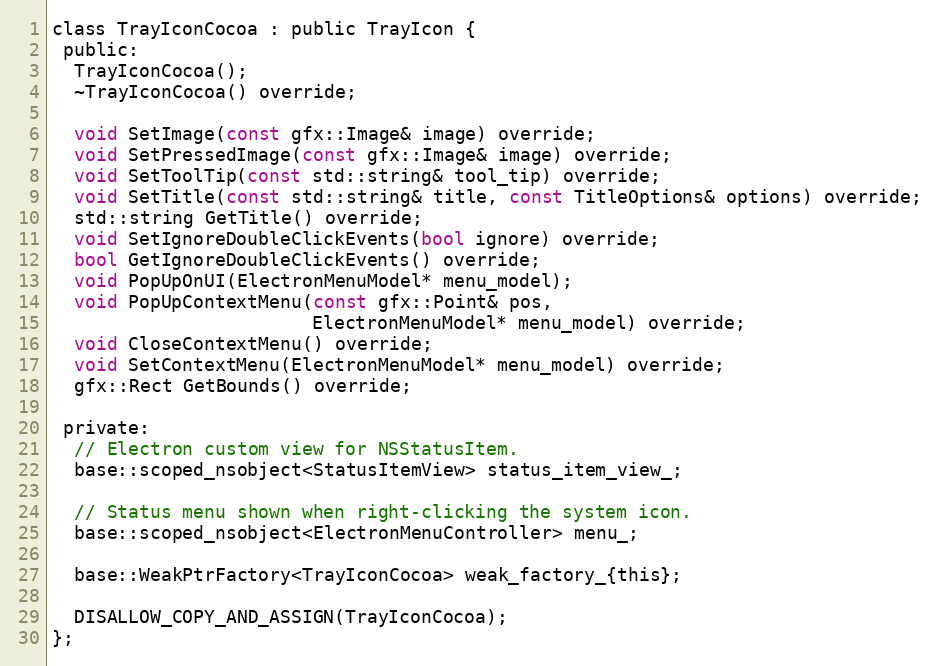
Language: C
class TrayIconCocoa : public TrayIcon {
 public:
  TrayIconCocoa();
  ~TrayIconCocoa() override;

  void SetImage(const gfx::Image& image) override;
  void SetPressedImage(const gfx::Image& image) override;
  void SetToolTip(const std::string& tool_tip) override;
  void SetTitle(const std::string& title, const TitleOptions& options) override;
  std::string GetTitle() override;
  void SetIgnoreDoubleClickEvents(bool ignore) override;
  bool GetIgnoreDoubleClickEvents() override;
  void PopUpOnUI(ElectronMenuModel* menu_model);
  void PopUpContextMenu(const gfx::Point& pos,
                        ElectronMenuModel* menu_model) override;
  void CloseContextMenu() override;
  void SetContextMenu(ElectronMenuModel* menu_model) override;
  gfx::Rect GetBounds() override;

 private:
  // Electron custom view for NSStatusItem.
  base::scoped_nsobject<StatusItemView> status_item_view_;

  // Status menu shown when right-clicking the system icon.
  base::scoped_nsobject<ElectronMenuController> menu_;

  base::WeakPtrFactory<TrayIconCocoa> weak_factory_{this};

  DISALLOW_COPY_AND_ASSIGN(TrayIconCocoa);
};